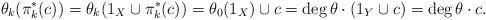
LaTeX: \begin{align*}\theta_k(\pi^*_k(c))=\theta_k(1_X\cup\pi^*_k(c))=\theta_0(1_X)\cup c=\deg \theta\cdot (1_Y\cup c)=\deg\theta\cdot c.\end{align*}